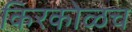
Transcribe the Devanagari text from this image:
किरकोळच